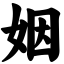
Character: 姻